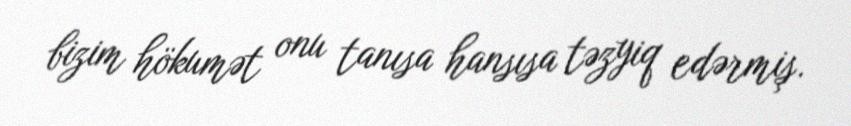
bizim hökumət onu tanısa hansısa təzyiq edərmiş.